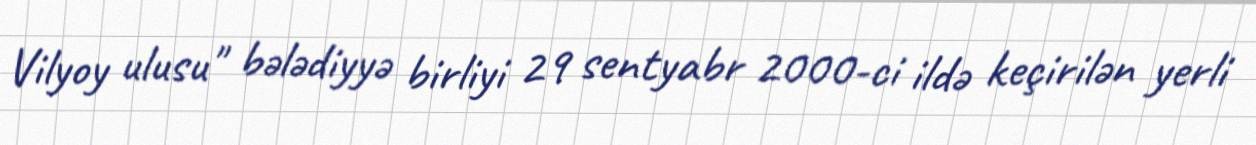
Vilyoy ulusu" bələdiyyə birliyi 29 sentyabr 2000-ci ildə keçirilən yerli